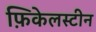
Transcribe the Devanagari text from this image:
फ़िकेलस्टीन